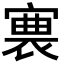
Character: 𡪊